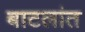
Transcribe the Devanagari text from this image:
बाटलांत